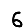
Digit: 6